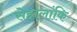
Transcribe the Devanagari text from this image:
सेहालांकि